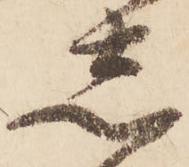
志